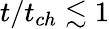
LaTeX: t/t_{ch}\lesssim 1